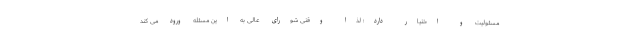
مسئولیت و اختیار دارد؛ لذا وقتی شورای عالی به این مسئله ورود می کند